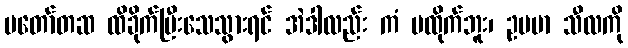
မတော်တဆ ထိခိုက်ပြီးသေသွားရင် အဲဒါလည်း ကံ မထိုက်ဘူး၊ ဥပမာ သီလကို